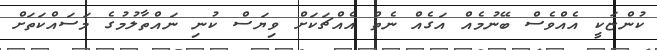
ކުންޏަކީ އެއްވެސް ބޭނުމެއް އަގެއް ނެތް އެއްޗަކަށް ވިޔަސް ކުނި ނައްތާލުމުގެ މަސައްކަތަށް